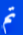
تم